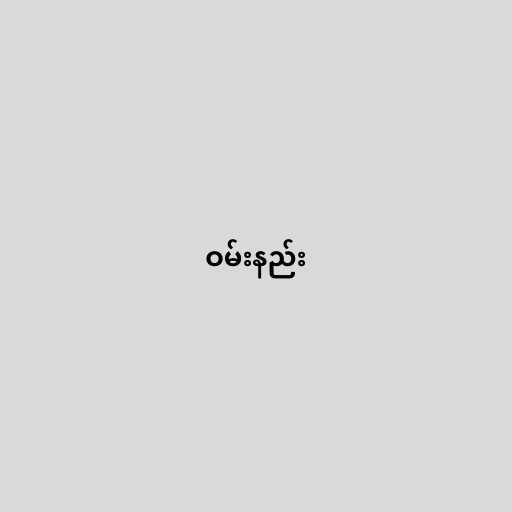
ဝမ်းနည်း